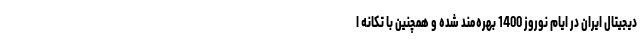
دیجیتال ایران در ایام نوروز 1400 بهره‌مند شده و همچنین با تکانه ا